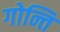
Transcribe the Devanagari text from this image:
गोन्ति